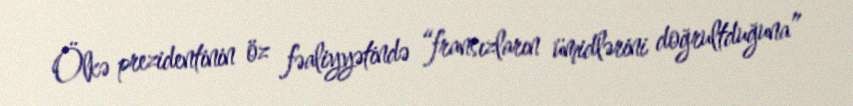
Ölkə prezidentinin öz fəaliyyətində “fransızların ümidlərini doğrultduğuna”